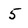
Character: 5